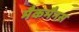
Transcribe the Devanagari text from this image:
मैकमैनस